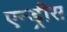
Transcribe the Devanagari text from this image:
एन्ड्रीस